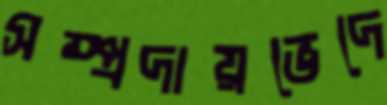
সম্প্রদায়ভেদে